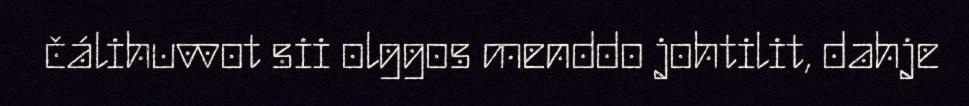
čálihuvvot sii olggos menddo johtilit, dahje